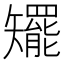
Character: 矲